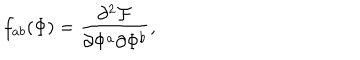
f _ { a b } ( \Phi ) = \frac { \partial ^ { 2 } { \cal F } } { \partial \Phi ^ { a } \partial \Phi ^ { b } } ,